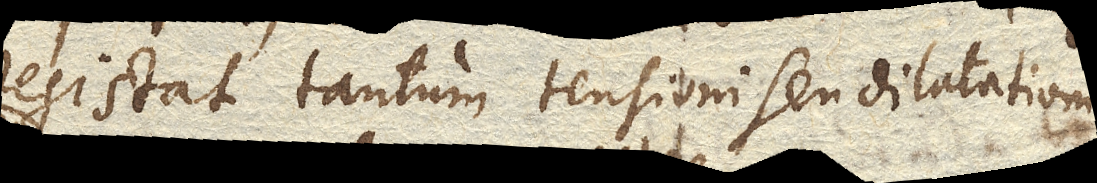
resistat tantum tensioni seu dilatationi